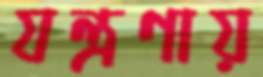
যন্ত্রণায়